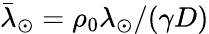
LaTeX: \bar{\lambda}_{\odot}=\rho_{0}\lambda_{\odot}/(\gamma D)